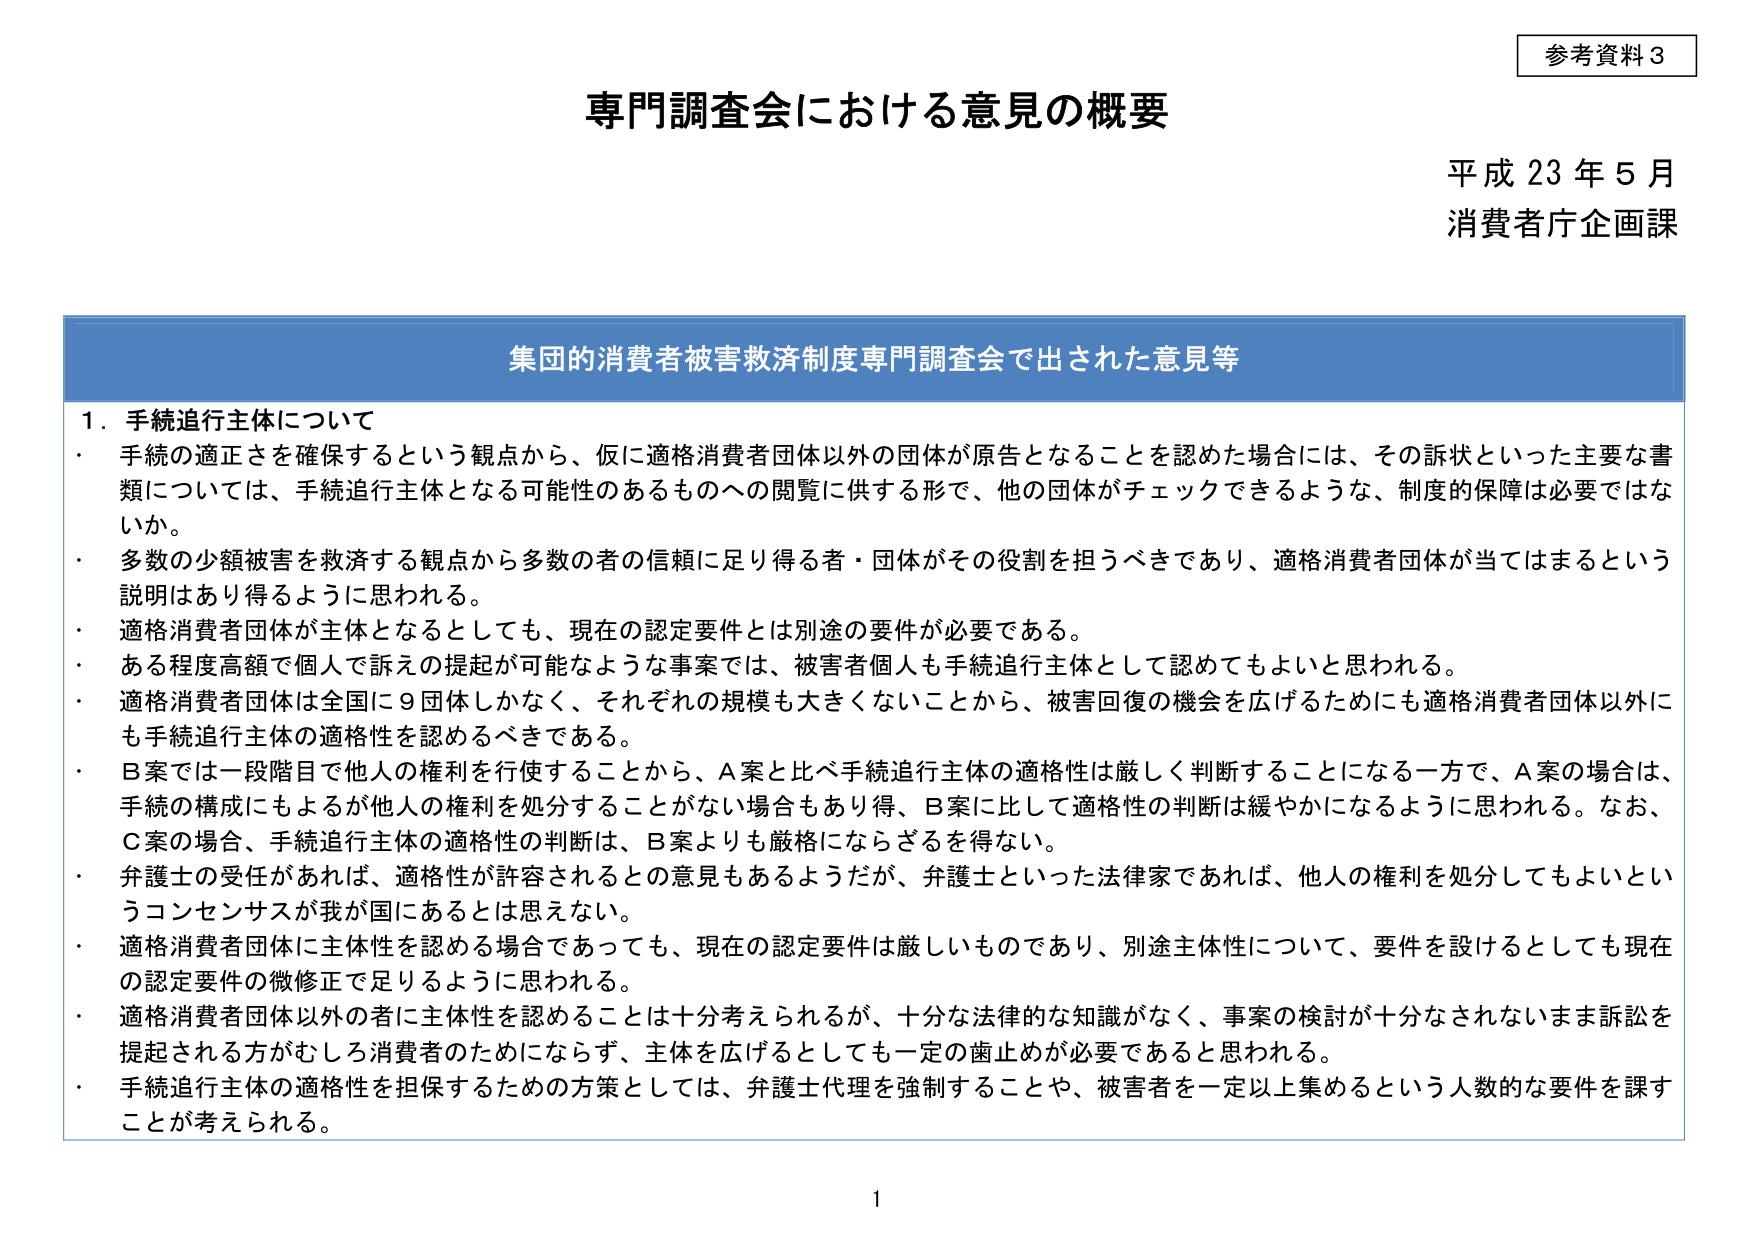
参考資料３

専門調査会における意見の概要

平成23年5月
消費者庁企画課

集団的消費者被害救済制度専門調査会で出された意見等

１．手続追行主体について
・ 手続の適正さを確保するという観点から、仮に適格消費者団体以外の団体が原告となることを認めた場合には、その訴状といった主要な書類については、手続追行主体となる可能性のあるものへの閲覧に供する形で、他の団体がチェックできるような、制度的保障は必要ではないか。
・ 多数の少額被害を救済する観点から多数の者の信頼に足り得る者・団体がその役割を担うべきであり、適格消費者団体が当てはまるという説明はあり得るように思われる。
・ 適格消費者団体が主体となるとしても、現在の認定要件とは別途の要件が必要である。
・ ある程度高額で個人で訴えの提起が可能なような事案では、被害者個人も手続追行主体として認めてもよいと思われる。
・ 適格消費者団体は全国に9団体しかなく、それぞれの規模も大きくないことから、被害回復の機会を広げるためにも適格消費者団体以外にも手続追行主体の適格性を認めるべきである。
・ Ｂ案では一段階目で他人の権利を行使することから、Ａ案と比べ手続追行主体の適格性は厳しく判断することになる一方で、Ａ案の場合は、手続の構成にもよるが他人の権利を処分することがない場合もあり得、Ｂ案に比して適格性の判断は緩やかになるように思われる。なお、Ｃ案の場合、手続追行主体の適格性の判断は、Ｂ案よりも厳格にならざるを得ない。
・ 弁護士の受任があれば、適格性が許容されるとの意見もあるようだが、弁護士といった法律家であれば、他人の権利を処分してもよいというコンセンサスが我が国にあるとは思えない。
・ 適格消費者団体に主体性を認める場合であっても、現在の認定要件は厳しいものであり、別途主体性について、要件を設けるとしても現在の認定要件の微修正で足りるように思われる。
・ 適格消費者団体以外の者に主体性を認めることは十分考えられるが、十分な法律的な知識がなく、事案の検討が十分なされないまま訴訟を提起される方がむしろ消費者のためにならず、主体を広げるとしても一定の歯止めが必要であると思われる。
・ 手続追行主体の適格性を担保するための方策としては、弁護士代理を強制することや、被害者を一定以上集めるという人数的な要件を課すことが考えられる。

1